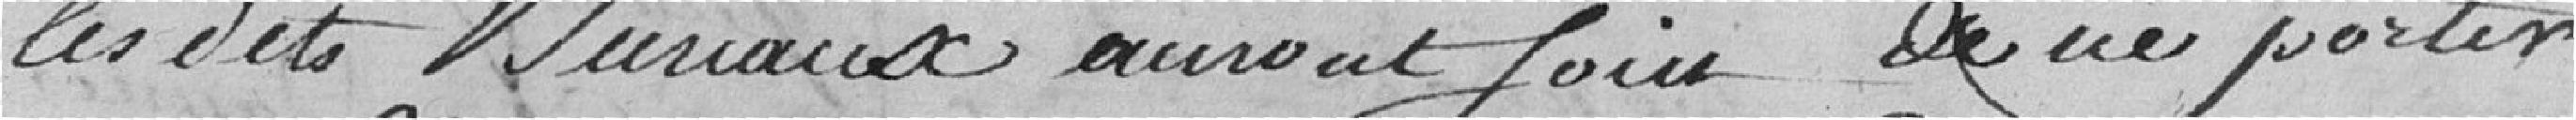
Les dits bureaux auront soin de ne porter